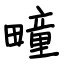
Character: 疃